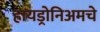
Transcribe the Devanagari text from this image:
हायड्रोनिअमचे